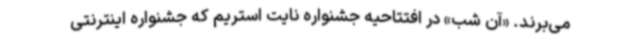
می‌برند. «آن شب» در افتتاحیه جشنواره نایت استریم که جشنواره اینترنتی